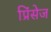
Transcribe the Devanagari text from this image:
प्रिंसेज